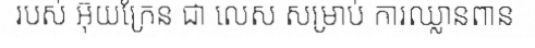
របស់ អ៊ុយក្រែន ជា លេស សម្រាប់ ការឈ្លានពាន